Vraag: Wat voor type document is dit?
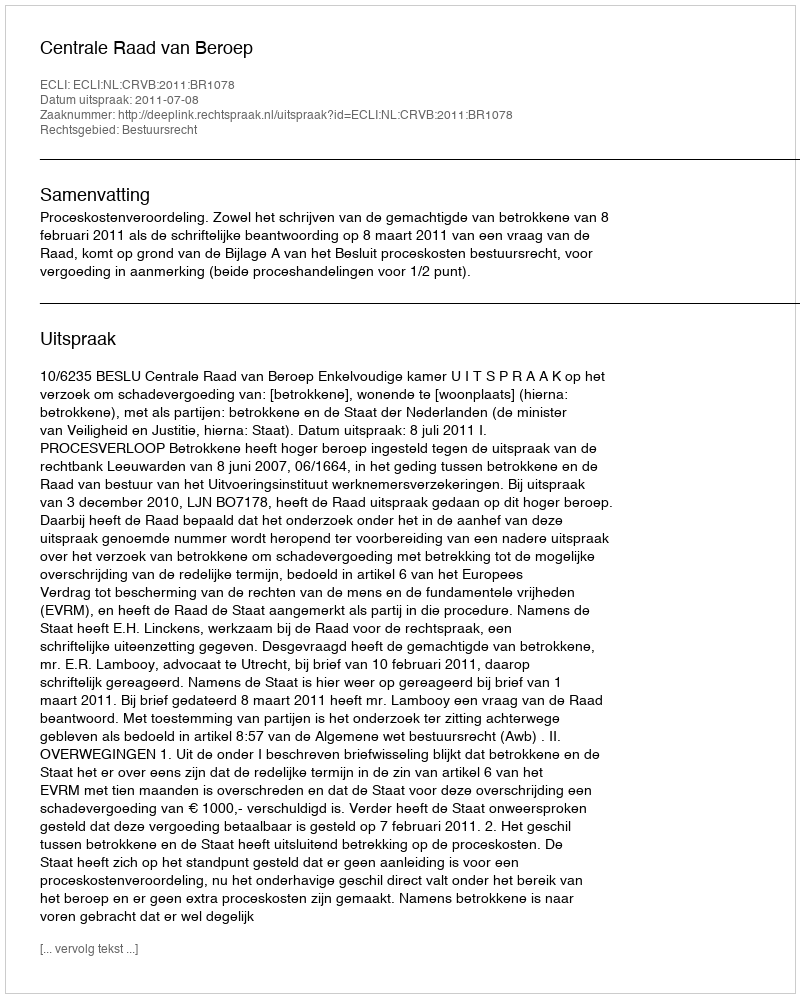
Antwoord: Uitspraak